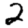
Digit: 2